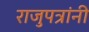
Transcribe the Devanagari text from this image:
राजुपत्रांनी